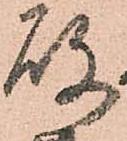
故